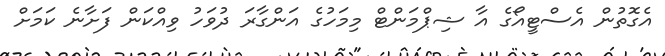
އެގޮތުން އެސްޓީއޯގެ އާ ޝިޕްމަންޓް މިމަހުގެ އަންގާރަ ދުވަހު ވިއްކަން ފަށާނެ ކަމަށް